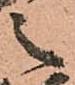
之